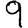
Digit: 9